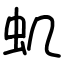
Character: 虮